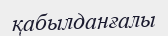
қабылданғалы